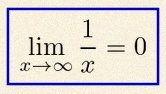
\lim_{x\to\infty}\frac{1}{x}=0